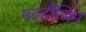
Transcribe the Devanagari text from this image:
मल्टीजिम